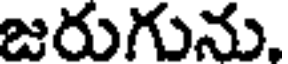
జరుగును.